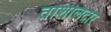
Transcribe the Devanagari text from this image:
ताशीलदार